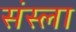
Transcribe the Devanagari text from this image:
संस्ला